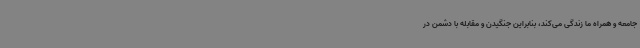
جامعه و همراه ما زندگی می‌کند، بنابراین جنگیدن و مقابله با دشمن در